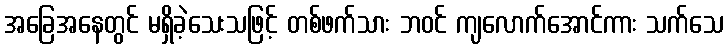
အခြေအနေတွင် မရှိခဲ့သေးသဖြင့် တစ်ဖက်သား ဘဝင် ကျလောက်အောင်ကား သက်သေ